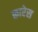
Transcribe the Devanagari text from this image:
कारेस